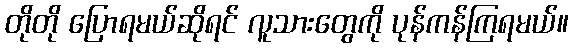
တိုတို ပြောရမယ်ဆိုရင် လူသားတွေကို ပုန်ကန်ကြရမယ်။